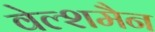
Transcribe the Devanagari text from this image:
वेल्शमैन